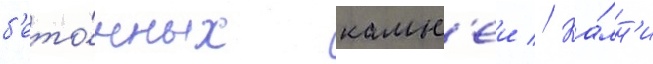
б'ето́нных камн'еи // Ка́мн'и